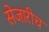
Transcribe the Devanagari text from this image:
सेजारीच